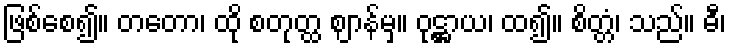
ဖြစ်စေ၍။ တတော၊ ထို စတုတ္ထ ဈာန်မှ။ ဝုဋ္ဌာယ၊ ထ၍။ စိတ္တံ၊ သည်။ ဓီ၊